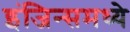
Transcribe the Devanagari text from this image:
इंजिन्समध्ये